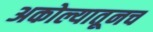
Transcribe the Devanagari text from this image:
अकोल्यातूनच